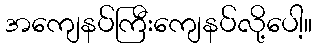
အကျေနပ်ကြီးကျေနပ်လို့ပေါ့။